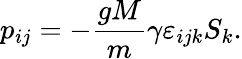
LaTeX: p_{ij}=-\frac{gM}{m}\gamma\varepsilon_{ijk}S_{k}.